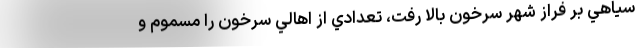
سياهي بر فراز شهر سرخون بالا رفت، تعدادي از اهالي سرخون را مسموم و